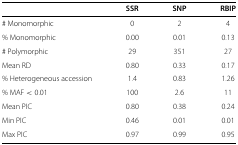
<table><thead><tr><td></td><td><b>SSR</b></td><td><b>SNP</b></td><td><b>RBIP</b></td></tr></thead><tbody><tr><td># Monomorphic</td><td>0</td><td>2</td><td>4</td></tr><tr><td>% Monomorphic</td><td>0.00</td><td>0.01</td><td>0.13</td></tr><tr><td># Polymorphic</td><td>29</td><td>351</td><td>27</td></tr><tr><td>Mean RD</td><td>0.80</td><td>0.33</td><td>0.17</td></tr><tr><td>% Heterogeneous accession</td><td>1.4</td><td>0.83</td><td>1.26</td></tr><tr><td>% MAF &lt;0.01</td><td>100</td><td>2.6</td><td>11</td></tr><tr><td>Mean PIC</td><td>0.80</td><td>0.38</td><td>0.24</td></tr><tr><td>Min PIC</td><td>0.46</td><td>0.01</td><td>0.01</td></tr><tr><td>Max PIC</td><td>0.97</td><td>0.99</td><td>0.95</td></tr></tbody></table>